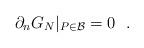
LaTeX: \begin{align*}\partial_n G_N|_{P\in {\cal B}}=0~~.\end{align*}